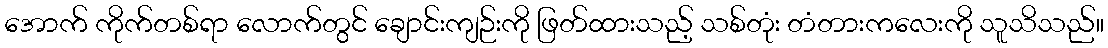
အောက် ကိုက်တစ်ရာ လောက်တွင် ချောင်းကျဉ်းကို ဖြတ်ထားသည့် သစ်တုံး တံတားကလေးကို သူသိသည်။